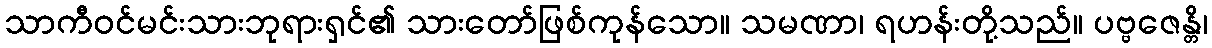
သာကီဝင်မင်းသားဘုရားရှင်၏ သားတော်ဖြစ်ကုန်သော။ သမဏာ၊ ရဟန်းတို့သည်။ ပဗ္ဗဇေန္တိ၊